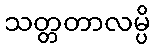
သတ္တတာလမ္ပိ